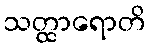
သတ္ထာရောတိ